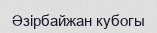
Әзірбайжан кубогы